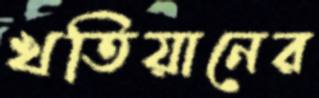
খতিয়ানের